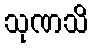
သုဏသိ